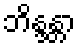
ဘိန္ဒန္တာ